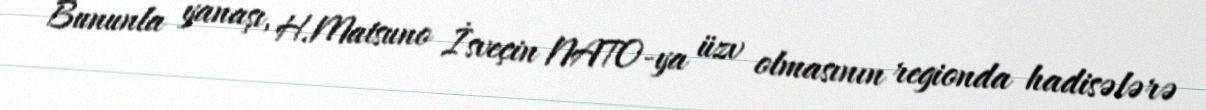
Bununla yanaşı, H.Matsuno İsveçin NATO-ya üzv olmasının regionda hadisələrə